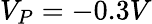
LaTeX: V_{P}=-0.3V